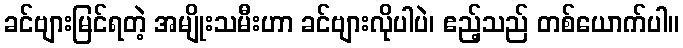
ခင်ဗျားမြင်ရတဲ့ အမျိုးသမီးဟာ ခင်ဗျားလိုပါပဲ၊ ဧည့်သည် တစ်ယောက်ပါ။